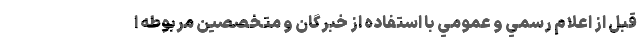
قبل از اعلام رسمي و عمومي با استفاده از خبرگان و متخصصين مربوطه ا